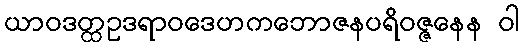
ယာဝဒတ္ထဥဒရာဝဒေဟကဘောဇနပရိဝဇ္ဇနေန ဝါ